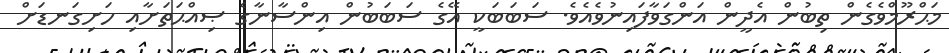
މަޙްރޫމްވެގެން ތިބުން އެދީން އަންގަވާފައިނުވެއެވެ. ސަބަބަކީ އޭގެ ސަބަބުން އިންސާނާގެ ޞިއްޙަތަށާއި ހަށިގަނޑަށް